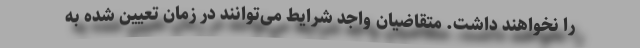
را نخواهند داشت. متقاضیان واجد شرایط می‌توانند در زمان تعیین شده به